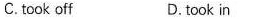
C.took off D.took in